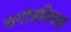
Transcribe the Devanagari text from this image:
सगोत्रविवाह